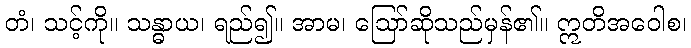
တံ၊ သင့်ကို။ သန္ဓာယ၊ ရည်၍။ အာမ၊ ဩော်ဆိုသည်မှန်၏။ ဣတိအဝေါစ၊